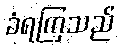
ခံရကြသည်